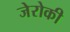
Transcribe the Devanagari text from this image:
जेरोकी